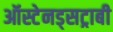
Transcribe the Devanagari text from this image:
ऑस्टेनड्सट्राबी